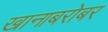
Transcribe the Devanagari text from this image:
खानाबरोबर